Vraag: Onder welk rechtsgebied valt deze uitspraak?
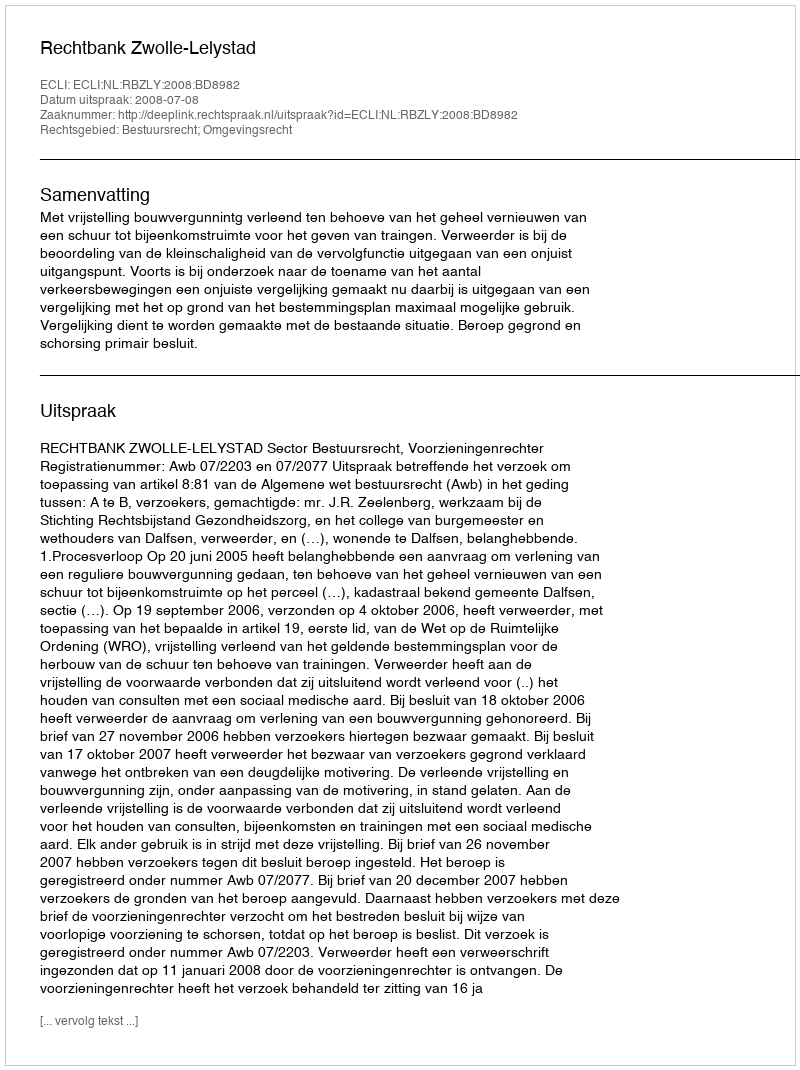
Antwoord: Bestuursrecht; Omgevingsrecht